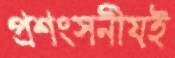
প্রশংসনীয়ই